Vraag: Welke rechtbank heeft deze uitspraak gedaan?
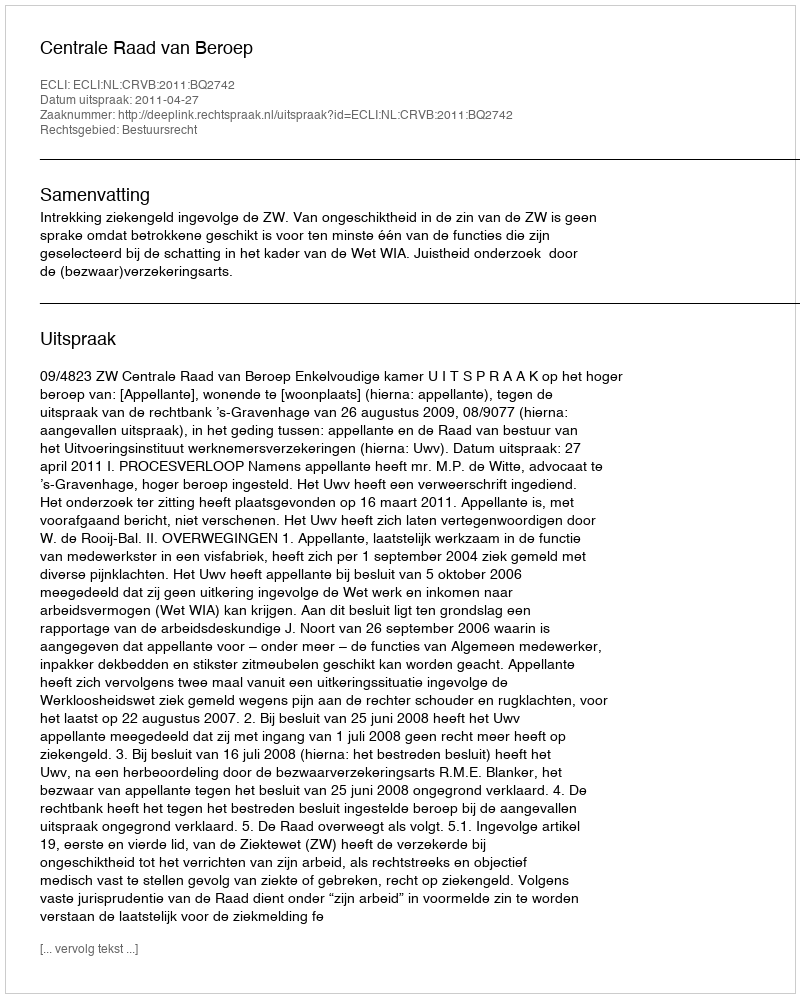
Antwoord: Centrale Raad van Beroep